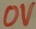
Text: 0V